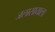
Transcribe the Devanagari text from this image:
जलासायाला